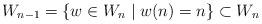
LaTeX: \begin{align*}W_{n-1} = \{ w \in W_n \mid w(n)=n \} \subset W_n\end{align*}